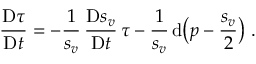
\frac { \mathrm { D } \tau } { \mathrm { D } t } = - \frac 1 { s _ { v } } \, \frac { \mathrm { D } s _ { v } } { \mathrm { D } t } \, \tau - \frac { 1 } { s _ { v } } \, \mathrm { d } \big ( p - \frac { s _ { v } } { 2 } \big ) \ .